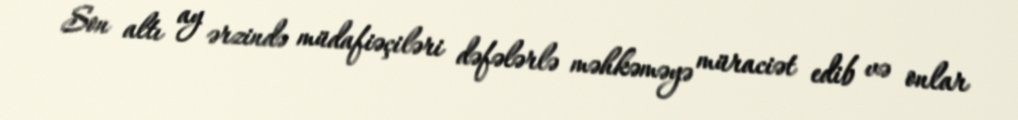
Son altı ay ərzində müdafiəçiləri dəfələrlə məhkəməyə müraciət edib və onlar